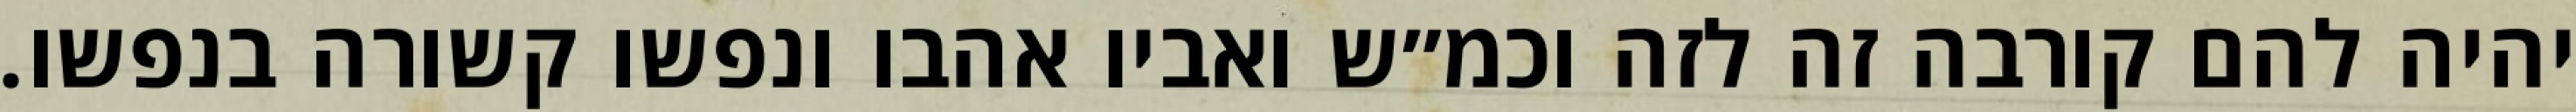
יהיה להם קורבה זה לזה וכמ״ש ואביו אהבו ונפשו קשורה בנפשו.